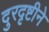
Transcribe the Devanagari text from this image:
दुरदृष्टीने